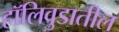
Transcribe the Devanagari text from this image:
हॉलिवुडातील